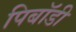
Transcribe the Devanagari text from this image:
पिबॉडी